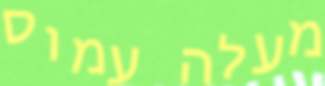
מעלה עמוס